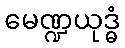
မေဏ္ဍယုဒ္ဓံ